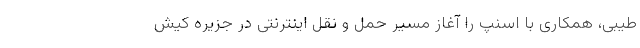
طیبی، همکاری با اسنپ را آغاز مسیر حمل و نقل اینترنتی در جزیره کیش